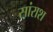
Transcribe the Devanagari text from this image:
सांराश